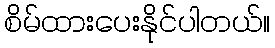
စိမ်ထားပေးနိုင်ပါတယ်။